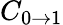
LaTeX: C_{0\to 1}